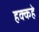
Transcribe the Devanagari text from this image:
हक्कहे